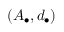
( A _ { \bullet } , d _ { \bullet } )